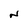
Character: N